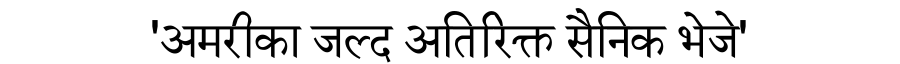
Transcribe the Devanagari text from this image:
'अमरीका जल्द अतिरिक्त सैनिक भेजे'